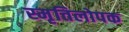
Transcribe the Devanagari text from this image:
स्मृतिलोपक